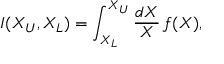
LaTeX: I ( X _ { U } , X _ { L } ) = \int _ { X _ { L } } ^ { X _ { U } } \frac { d X } { X } \, f ( X ) ,